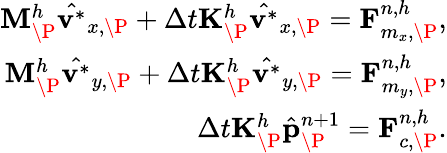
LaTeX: \begin{array}{r}{\mathbf{M}_{\P}^{h}\hat{\mathbf{v}^{\ast}}_{x,\P}+\Delta t\mathbf{K}_{\P}^{h}\hat{\mathbf{v}^{\ast}}_{x,\P}=\mathbf{F}_{m_{x},\P}^{n,h},}\\ {\mathbf{M}_{\P}^{h}\hat{\mathbf{v}^{\ast}}_{y,\P}+\Delta t\mathbf{K}_{\P}^{h}\hat{\mathbf{v}^{\ast}}_{y,\P}=\mathbf{F}_{m_{y},\P}^{n,h},}\\ {\Delta t\mathbf{K}_{\P}^{h}\hat{\mathbf{p}}_{\P}^{n+1}=\mathbf{F}_{c,\P}^{n,h}.}\end{array}